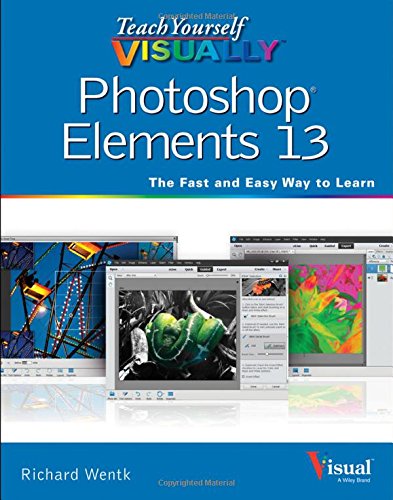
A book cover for Teach Yourself VISUALLY Photoshop Elements 13 (Teach Yourself VISUALLY (Tech)); Richard Wentk; Computers & Technology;